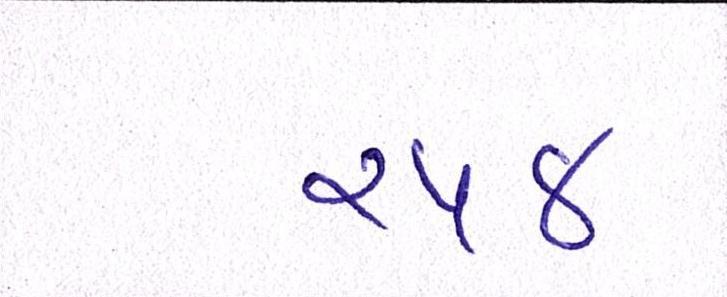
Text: ૨૫૪